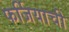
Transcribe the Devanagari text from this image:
फर्जियाची